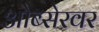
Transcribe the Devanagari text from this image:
ओब्सेरवर